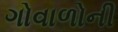
ગોવાળોની